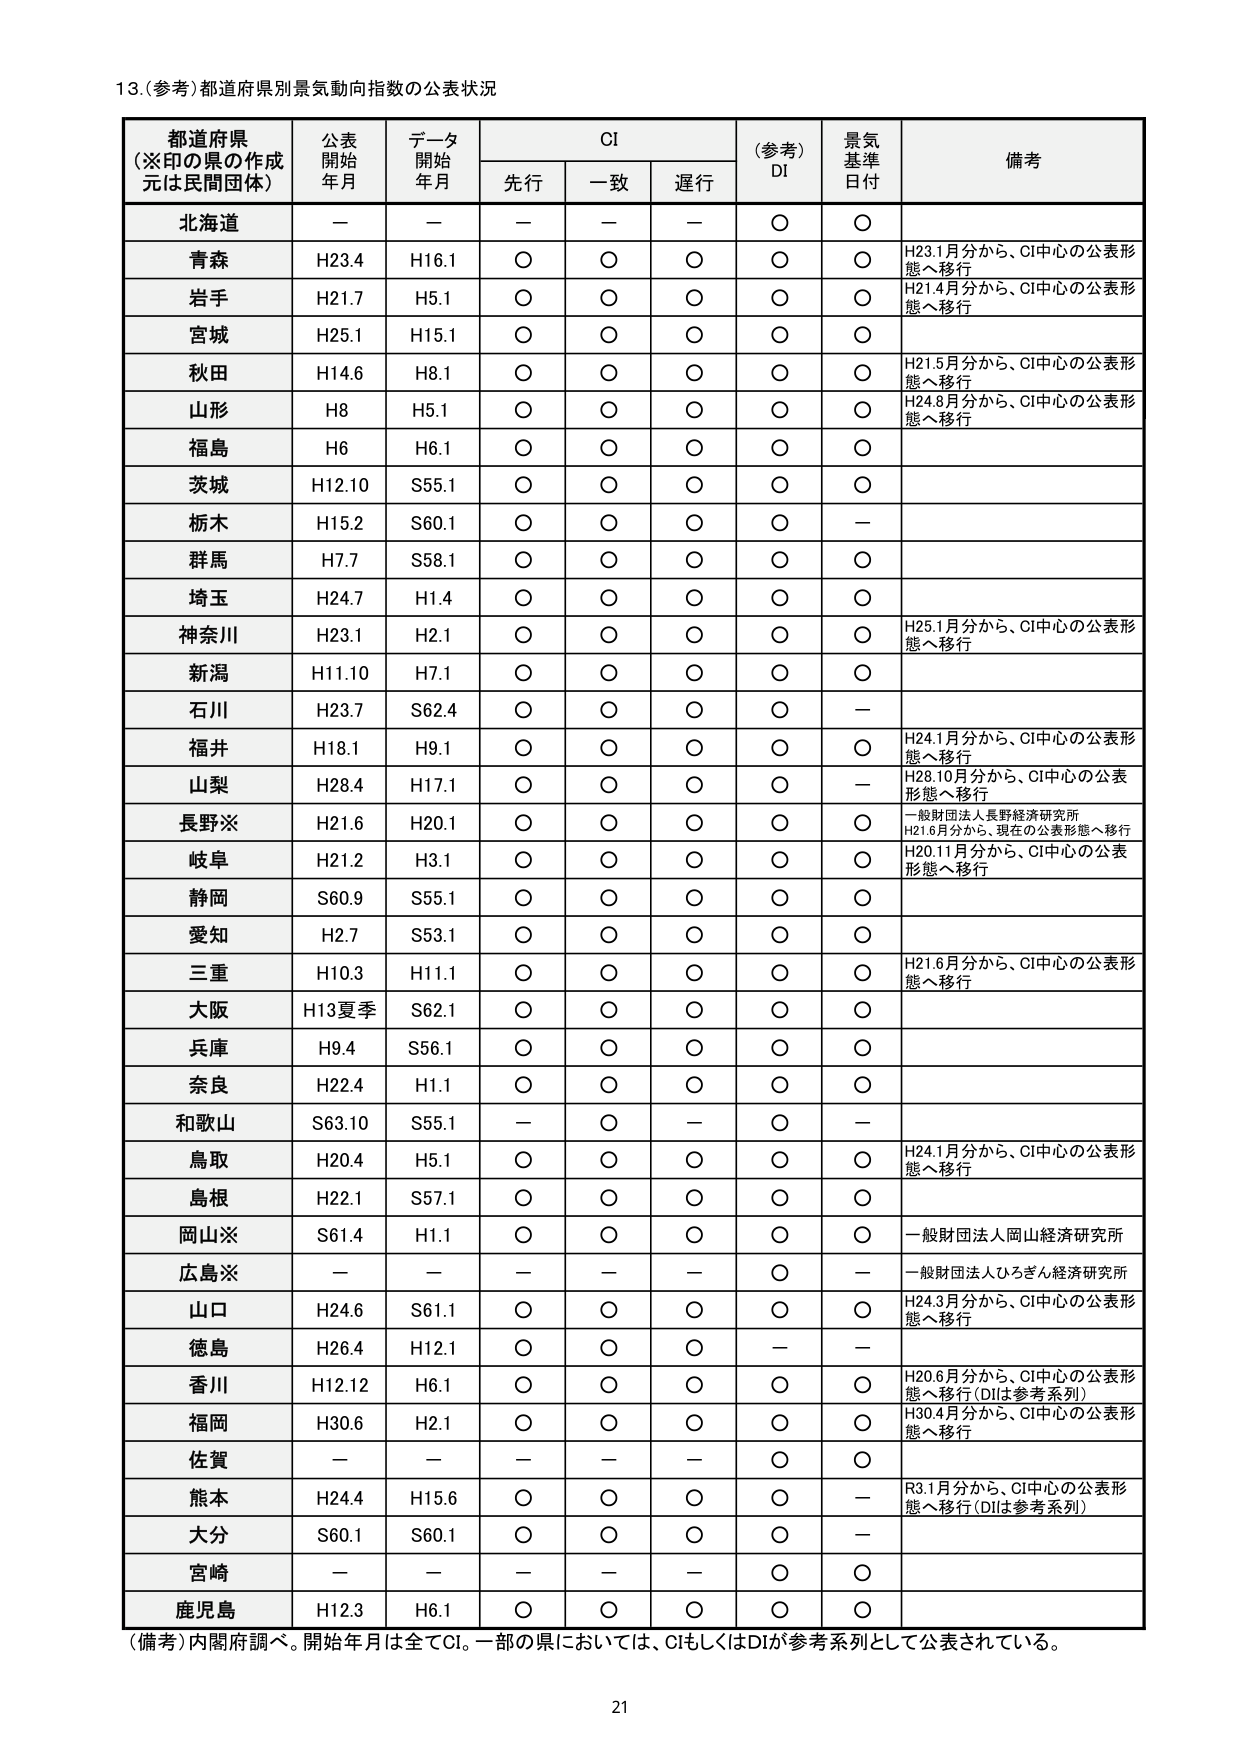
13.（参考）都道府県別景気動向指数の公表状況

都道府県
（※印の県の作成元は民間団体）
公表開始年月
データ開始年月
CI
（参考）DI
景気基準日付
備考

先行
一致
遅行

北海道
－
－
－
－
－
○
○

青森
H23.4
H16.1
○
○
○
○
○
H23.1月分から、CI中心の公表形態へ移行

岩手
H21.7
H5.1
○
○
○
○
○
H21.4月分から、CI中心の公表形態へ移行

宮城
H25.1
H15.1
○
○
○
○
○

秋田
H14.6
H8.1
○
○
○
○
○
H21.5月分から、CI中心の公表形態へ移行

山形
H8
H5.1
○
○
○
○
○
H24.8月分から、CI中心の公表形態へ移行

福島
H6
H6.1
○
○
○
○
○

茨城
H12.10
S55.1
○
○
○
○
○

栃木
H15.2
S60.1
○
○
○
○
－

群馬
H7.7
S58.1
○
○
○
○
○

埼玉
H24.7
H1.4
○
○
○
○
○

神奈川
H23.1
H2.1
○
○
○
○
○
H25.1月分から、CI中心の公表形態へ移行

新潟
H11.10
H7.1
○
○
○
○
○

石川
H23.7
S62.4
○
○
○
○
－

福井
H18.1
H9.1
○
○
○
○
○
H24.1月分から、CI中心の公表形態へ移行

山梨
H28.4
H17.1
○
○
○
○
－
H28.10月分から、CI中心の公表形態へ移行

長野※
H21.6
H20.1
○
○
○
○
○
一般財団法人長野経済研究所
H21.6月分から、現在の公表形態へ移行

岐阜
H21.2
H3.1
○
○
○
○
○
H20.11月分から、CI中心の公表形態へ移行

静岡
S60.9
S55.1
○
○
○
○
○

愛知
H2.7
S53.1
○
○
○
○
○

三重
H10.3
H11.1
○
○
○
○
○
H21.6月分から、CI中心の公表形態へ移行

大阪
H13夏季
S62.1
○
○
○
○
○

兵庫
H9.4
S56.1
○
○
○
○
○

奈良
H22.4
H1.1
○
○
○
○
○

和歌山
S63.10
S55.1
－
○
－
○
－

鳥取
H20.4
H5.1
○
○
○
○
○
H24.1月分から、CI中心の公表形態へ移行

島根
H22.1
S57.1
○
○
○
○
○

岡山※
S61.4
H1.1
○
○
○
○
○
一般財団法人岡山経済研究所

広島※
－
－
－
－
－
○
－
一般財団法人ひろぎん経済研究所

山口
H24.6
S61.1
○
○
○
○
○
H24.3月分から、CI中心の公表形態へ移行

徳島
H26.4
H12.1
○
○
○
－
－

香川
H12.12
H6.1
○
○
○
○
○
H20.6月分から、CI中心の公表形態へ移行（DIは参考系列）

福岡
H30.6
H2.1
○
○
○
○
○
H30.4月分から、CI中心の公表形態へ移行

佐賀
－
－
－
－
－
○
○

熊本
H24.4
H15.6
○
○
○
○
－
R3.1月分から、CI中心の公表形態へ移行（DIは参考系列）

大分
S60.1
S60.1
○
○
○
○
－

宮崎
－
－
－
－
－
○
○

鹿児島
H12.3
H6.1
○
○
○
○
○

（備考）内閣府調べ。開始年月は全てCI。一部の県においては、CIもしくはDIが参考系列として公表されている。

21